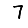
Digit: 7